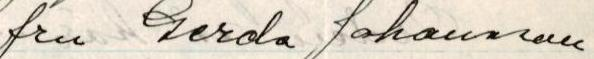
fru Gerola Johansson